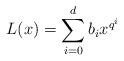
LaTeX: \begin{align*}L(x)=\sum_{i=0}^d b_i x^{q^i}\end{align*}